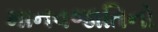
માનવજાતિનો